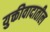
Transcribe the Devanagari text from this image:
युक्तीवादातील